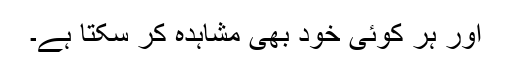
اور ہر کوئی خود بھی مشاہدہ کر سکتا ہے۔